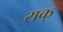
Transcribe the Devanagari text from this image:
राक्‌